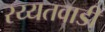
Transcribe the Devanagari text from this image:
रय्यतवाडी